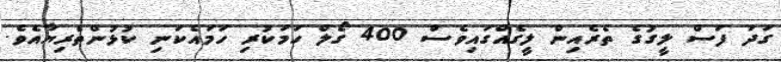
ގަދަ ފަސް ލީގުގެ ތެރެއިން ލީގެއްގައިވެސް 400 ގޯލް ހަމަކުރި ހަމައެކަނި ކުޅުންތެރިޔާއެވެ.